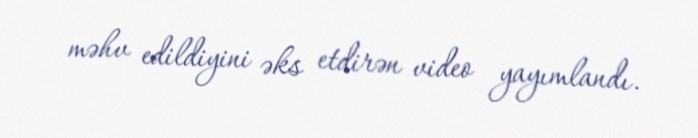
məhv edildiyini əks etdirən video yayımlandı.